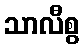
သာလီစွ